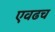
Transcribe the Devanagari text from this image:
एवढच